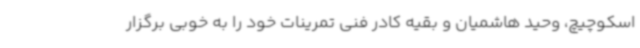
اسکوچیچ، وحید هاشمیان و بقیه کادر فنی تمرینات خود را به خوبی برگزار